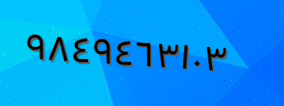
٩٨٤٩٤٦٣١٠٣